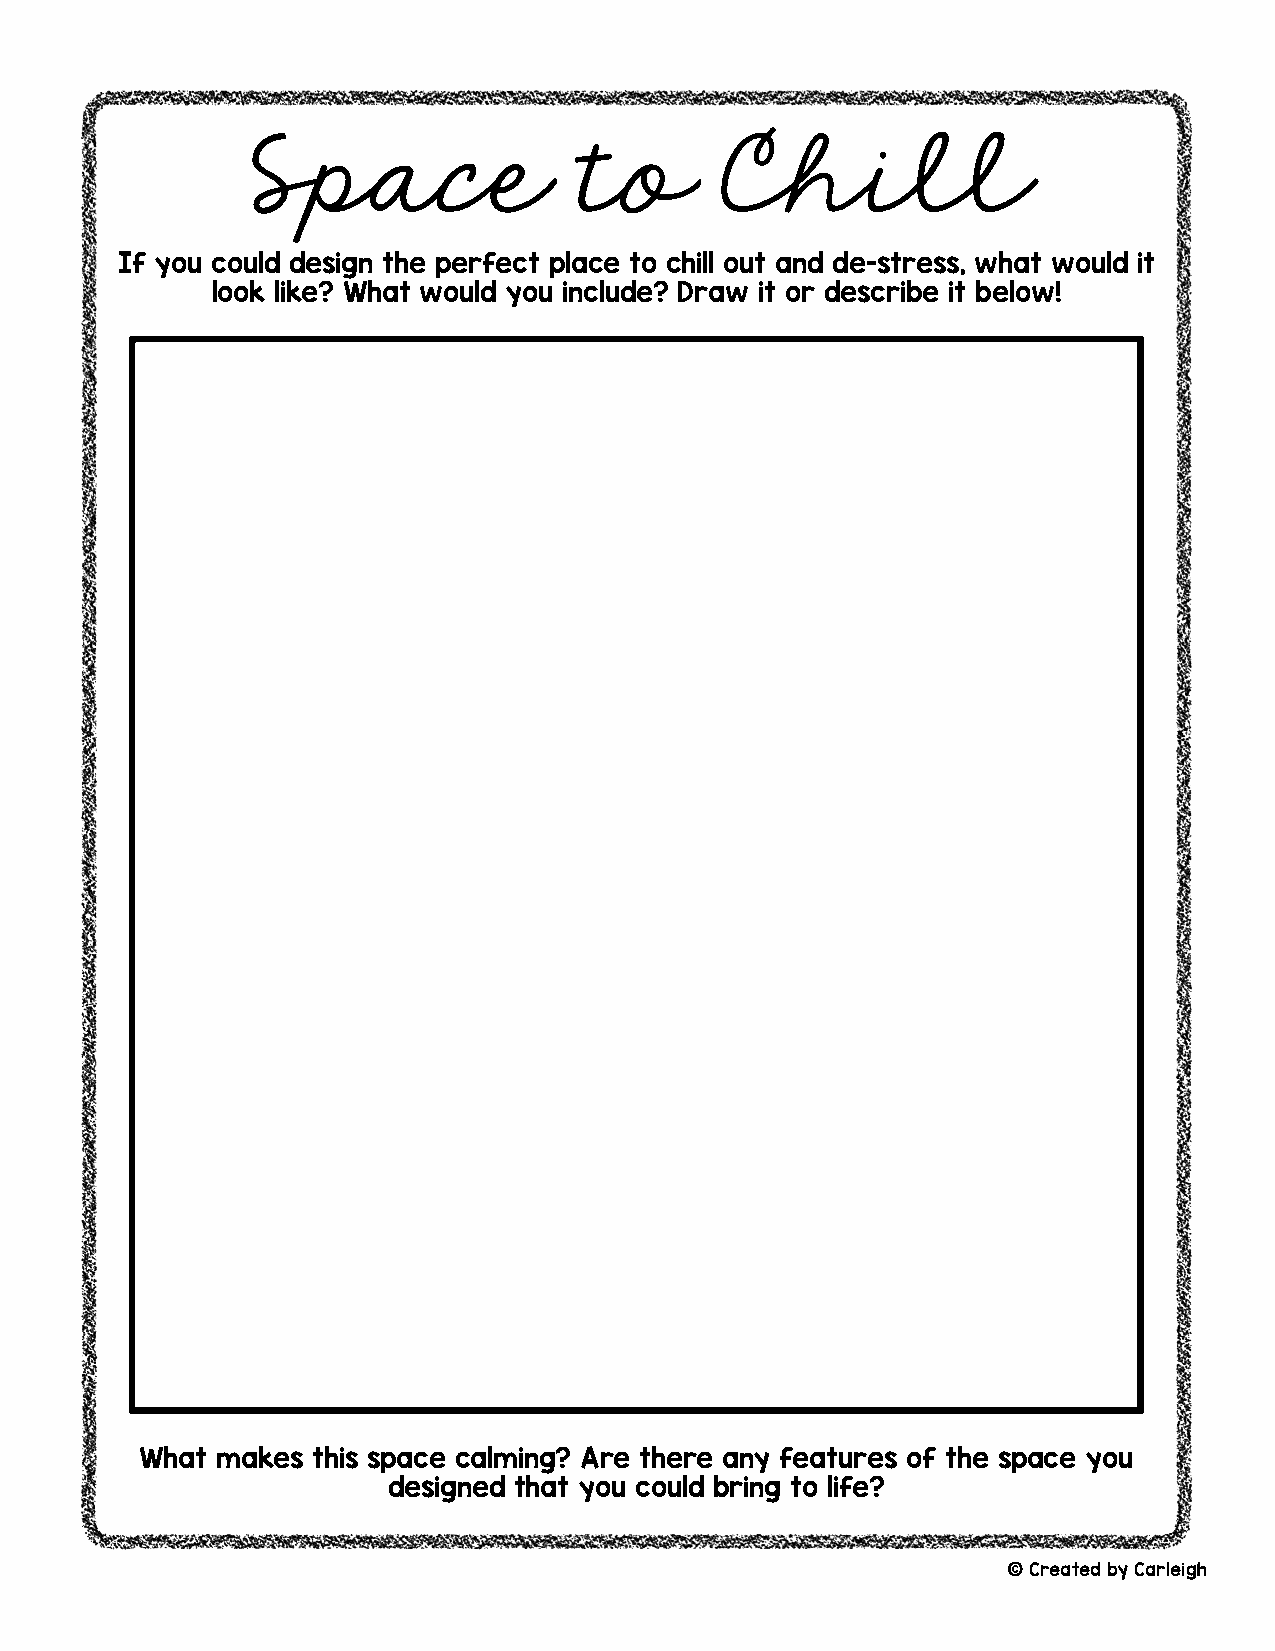
Space                to        Chill
 If you could design the perfect place to chill out and de-stress, what would it
 look like? What would you include? Draw it or describe it below!
 What makes  this space calming? Are there any features of the space you
 designed that you could bring to life?
 ©Created by Carleigh